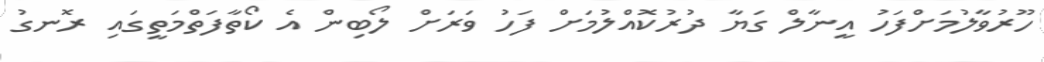
ހޫރުވާލުމަށްފަހު އީނާލް ގަޔާ ދުރުކޮއްލުމަށް ފަހު ވަރަށް ލޯބިން އެ ކޯތާފަތްމަތީގައި ރޮނގު